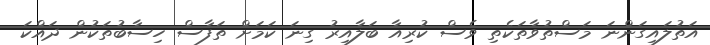
އަތުލައިގަންނަ މަސްތުވާތަކެތި ވެސް ކުރިއާ ބަލާއިރު ގިނަ ކަމަށް ތަފާސް ހިސާބުތަކުން ދައްކަ